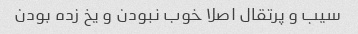
سیب و پرتقال اصلا خوب نبودن و یخ زده بودن